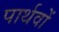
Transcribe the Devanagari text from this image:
पार्थवों